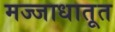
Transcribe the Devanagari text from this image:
मज्जाधातूत